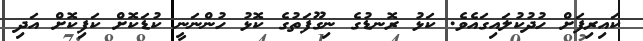
ކައިރިފަށް ހުދުކުލައިގައެވެ. ކަޅު ރޮނޑުގެ ނިގޫފަތުގެ ކޮޅު ހުންނަނީ ކުޑަކޮށް ކަފިކޮށް އަދި